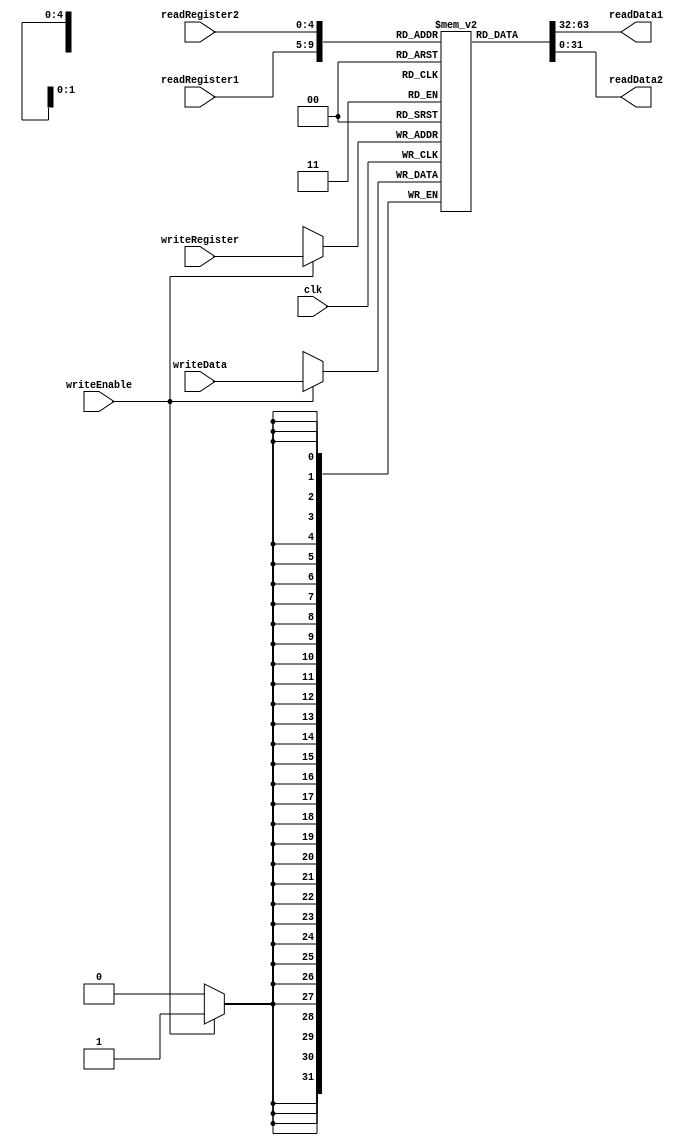
`timescale 1ns / 1ps

module registerFile
    (
    input clk, writeEnable,
    input [4:0] readRegister1,
    input [4:0] readRegister2,
    input [4:0] writeRegister,
    input [31:0] writeData,
    
    output [31:0] readData1,
    output [31:0] readData2
    );
    
    reg [0:31] mem [31:0];
    
    initial                                         // VALUES FROM 0 TO 31 WERE WRITTEN IN TO THE MEMORY ADRESSES, SEQUENTIALLY. 
        begin: memInit
        integer i;
        for(i=0;i<32;i=i+1) 
            begin
            mem [i] = i; // mem [i] = 32'b0;
            end
        end
    
    /*
    initial
        begin
        mem[0] = 32'b00000000000000000000000000000100;
        mem[1] = 32'b10000000000000000000000000000011;
        end
    */
    
    assign readData1 = mem[readRegister1];
    assign readData2 = mem[readRegister2];
    
    always@(posedge clk)
        begin
        if(writeEnable)
            begin
            mem [writeRegister] <= writeData;
            end
        end
endmodule